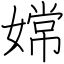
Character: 嫦